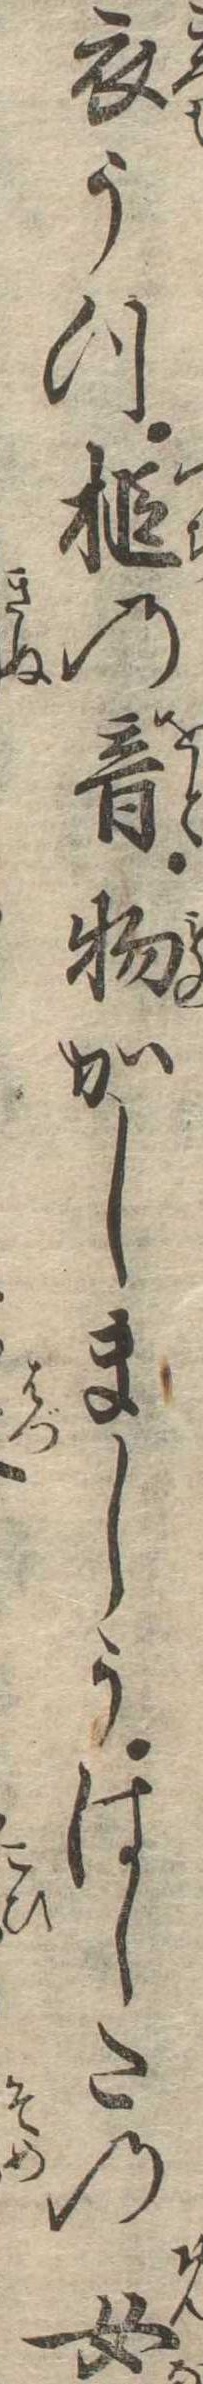
衣うつ槌の音物かしましうはしたの女